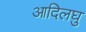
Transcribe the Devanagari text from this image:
आदिलघु